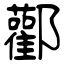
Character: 酄